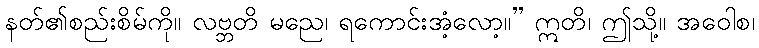
နတ်၏စည်းစိမ်ကို။ လဗ္ဘတိ မညေ၊ ရကောင်းအံ့လော့။” ဣတိ၊ ဤသို့။ အဝေါစ၊